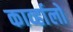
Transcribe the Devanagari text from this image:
काव्‍र्हालो